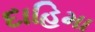
દાહિમા